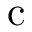
\mathrm { c }